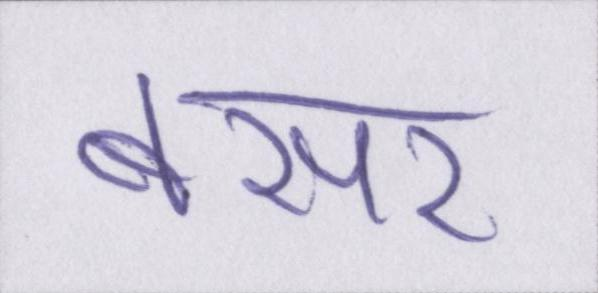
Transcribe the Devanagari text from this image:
बसर